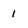
Character: 1